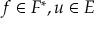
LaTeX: f \in F ^ { * } , u \in E